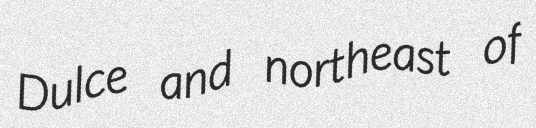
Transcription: Dulce and northeast of